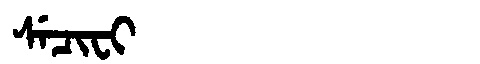
Manchu: ᠰᡝᠴᡳᠸᡳ
Romanization: SECIFI